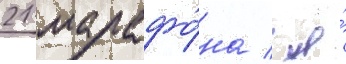
21 марафо́на / я́